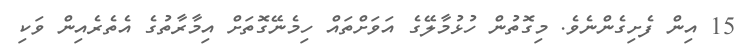
15 އިން ފެށިގެންނެވެ. މިގޮތުން ހުޅުމާލޭގެ އަވަށްތައް ހިމެނޭގޮތަށް އިމާރާތުގެ އެތެރެއިން ވަކި